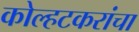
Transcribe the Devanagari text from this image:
कोल्हटकरांचा